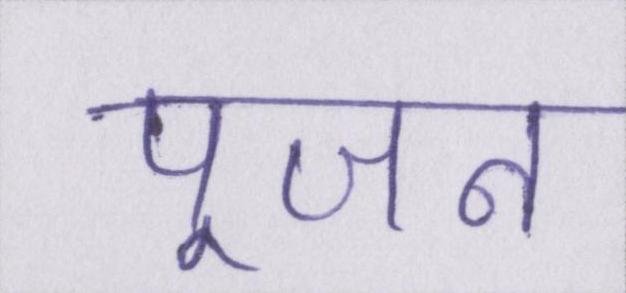
पूजन